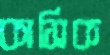
কাসিক